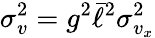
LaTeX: \sigma_{v}^{2}=g^{2}\bar{\ell}^{2}\sigma_{v_{x}}^{2}